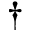
\dagger